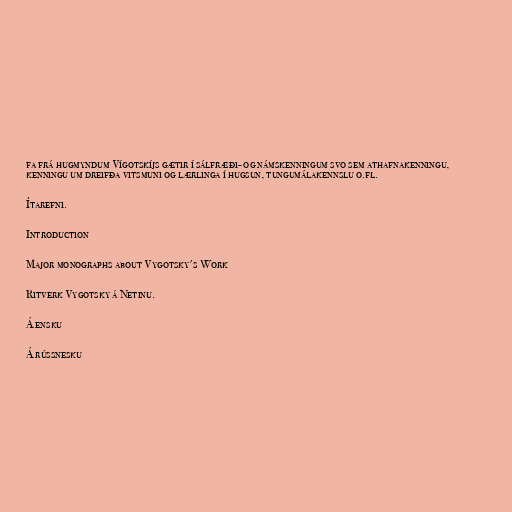
fa frá hugmyndum Vígotskíjs gætir í sálfræði- og námskenningum svo sem athafnakenningu,
kenningu um dreifða vitsmuni og lærlinga í hugsun, tungumálakennslu o.fl.

Ítarefni.

Introduction

Major monographs about Vygotsky's Work

Ritverk Vygotsky á Netinu.

Á ensku

Á rússnesku